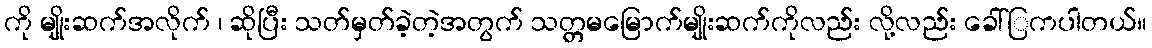
ကို မျိုးဆက်အလိုက် ၊ ဆိုပြီး သတ်မှတ်ခဲ့တဲ့အတွက် သတ္တမမြောက်မျိုးဆက်ကိုလည်း လို့လည်း ခေါ်ြကပါတယ်။